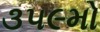
૩૫૯મો